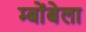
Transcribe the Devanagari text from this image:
म्बोंबेला